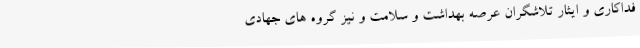
فداکاری و ایثار تلاشگران عرصه بهداشت و سلامت و نیز گروه های جهادی